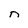
Character: n